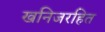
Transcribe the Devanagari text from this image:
खनिजरहित